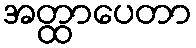
အတ္ထာပေတာ